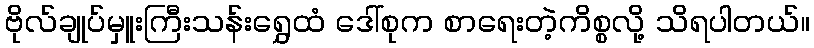
ဗိုလ်ချုပ်မှူးကြီးသန်းရွှေထံ ဒေါ်စုက စာရေးတဲ့ကိစ္စလို့ သိရပါတယ်။